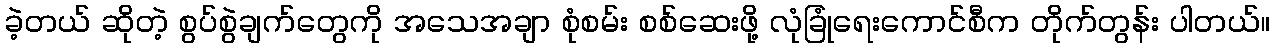
ခဲ့တယ် ဆိုတဲ့ စွပ်စွဲချက်တွေကို အသေအချာ စုံစမ်း စစ်ဆေးဖို့ လုံခြုံရေးကောင်စီက တိုက်တွန်း ပါတယ်။